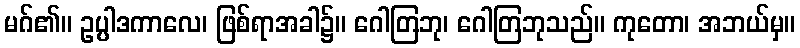
မဂ်၏။ ဥပ္ပါဒကာလေ၊ ဖြစ်ရာအခါ၌။ ဂေါတြဘု၊ ဂေါတြဘုသည်။ ကုတော၊ အဘယ်မှ။